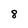
Character: 8